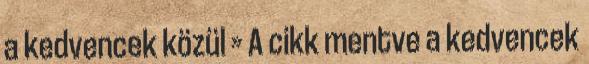
a kedvencek közül » A cikk mentve a kedvencek